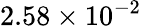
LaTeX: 2.58\times 10^{-2}